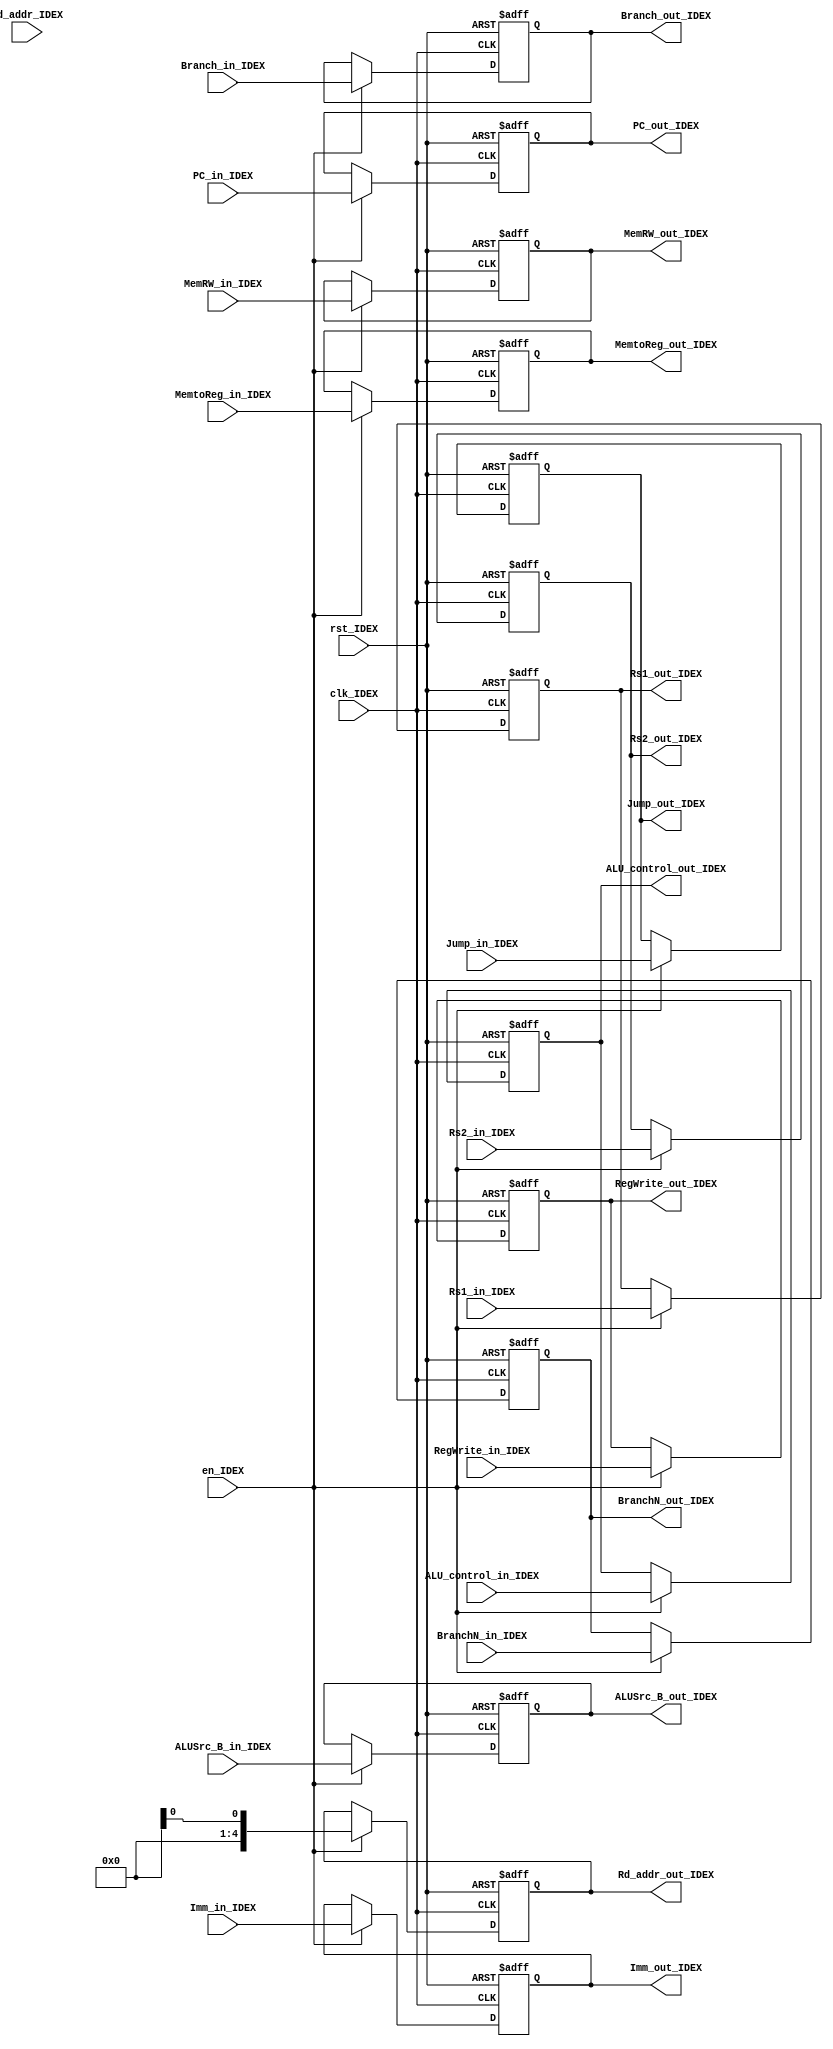
module ID_reg_Ex(
    input clk_IDEX,
    input rst_IDEX,
    input en_IDEX,
    input [31:0] PC_in_IDEX,
    input [4:0] Rd_addr_IDEX,
    input [31:0] Rs1_in_IDEX,
    input [31:0] Rs2_in_IDEX,
    input [31:0] Imm_in_IDEX,
    input ALUSrc_B_in_IDEX,
    input [3:0] ALU_control_in_IDEX,
    input Branch_in_IDEX,
    input BranchN_in_IDEX,
    input MemRW_in_IDEX,
    input Jump_in_IDEX,
    input [1:0] MemtoReg_in_IDEX,
    input RegWrite_in_IDEX,
    output reg [31:0] PC_out_IDEX,
    output reg [4:0] Rd_addr_out_IDEX,
    output reg [31:0] Rs1_out_IDEX,
    output reg [31:0] Rs2_out_IDEX,
    output reg [31:0] Imm_out_IDEX,
    output reg ALUSrc_B_out_IDEX,
    output reg [3:0] ALU_control_out_IDEX,
    output reg Branch_out_IDEX,
    output reg BranchN_out_IDEX,
    output reg MemRW_out_IDEX,
    output reg Jump_out_IDEX,
    output reg [1:0] MemtoReg_out_IDEX,
    output reg RegWrite_out_IDEX
);  
    always @ (posedge clk_IDEX or posedge rst_IDEX) begin
        if (rst_IDEX) begin
            PC_out_IDEX <= 32'b0;
            Rd_addr_out_IDEX <= 5'b0;
            Rs1_out_IDEX <= 32'b0;
            Rs2_out_IDEX <= 32'b0;
            Imm_out_IDEX <= 32'b0;
            ALUSrc_B_out_IDEX <= 1'b0;
            ALU_control_out_IDEX <= 3'b0;
            Branch_out_IDEX <= 1'b0;
            BranchN_out_IDEX <= 1'b0;
            MemRW_out_IDEX <= 1'b0;
            Jump_out_IDEX <= 1'b0;
            MemtoReg_out_IDEX <= 2'b0;
            RegWrite_out_IDEX <= 1'b0;
        end
        else if (en_IDEX == 1'b1) begin
            PC_out_IDEX <= PC_in_IDEX;
            Rd_addr_out_IDEX <= Rd_addr_in_IDEX;
            Rs1_out_IDEX <= Rs1_in_IDEX;
            Rs2_out_IDEX <= Rs2_in_IDEX;
            Imm_out_IDEX <= Imm_in_IDEX;
            ALUSrc_B_out_IDEX <= ALUSrc_B_in_IDEX;
            ALU_control_out_IDEX <= ALU_control_in_IDEX;
            Branch_out_IDEX <= Branch_in_IDEX;
            BranchN_out_IDEX <= BranchN_in_IDEX;
            MemRW_out_IDEX <= MemRW_in_IDEX;
            Jump_out_IDEX <= Jump_in_IDEX;
            MemtoReg_out_IDEX <= MemtoReg_in_IDEX;
            RegWrite_out_IDEX <= RegWrite_in_IDEX;
        end
    end
endmodule